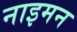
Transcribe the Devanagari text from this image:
नाइमन